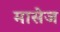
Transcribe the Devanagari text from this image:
मासेज